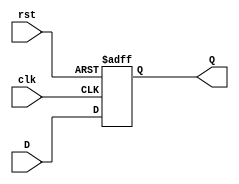
module FeedbackRegister #(
    parameter WIDTH = 8  // Parameter to define the width of the register
)(
    input wire clk,       // Clock input
    input wire rst,       // Reset input
    input wire [WIDTH-1:0] D, // Data input
    output reg [WIDTH-1:0] Q  // Data output
);

    // Always block triggered on the rising edge of the clock or reset
    always @(posedge clk or posedge rst) begin
        if (rst) begin
            // Reset the register to zero when reset is active
            Q <= {WIDTH{1'b0}};  // Assign all bits to zero
        end else begin
            // Capture the value at the data input D
            Q <= D;  // Store the value of D in the register
        end
    end

endmodule